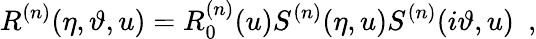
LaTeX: R^{(n)}(\eta,\vartheta,u)=R_{0}^{(n)}(u)S^{(n)}(\eta,u)S^{(n)}(i\vartheta,u)\, \, \, ,